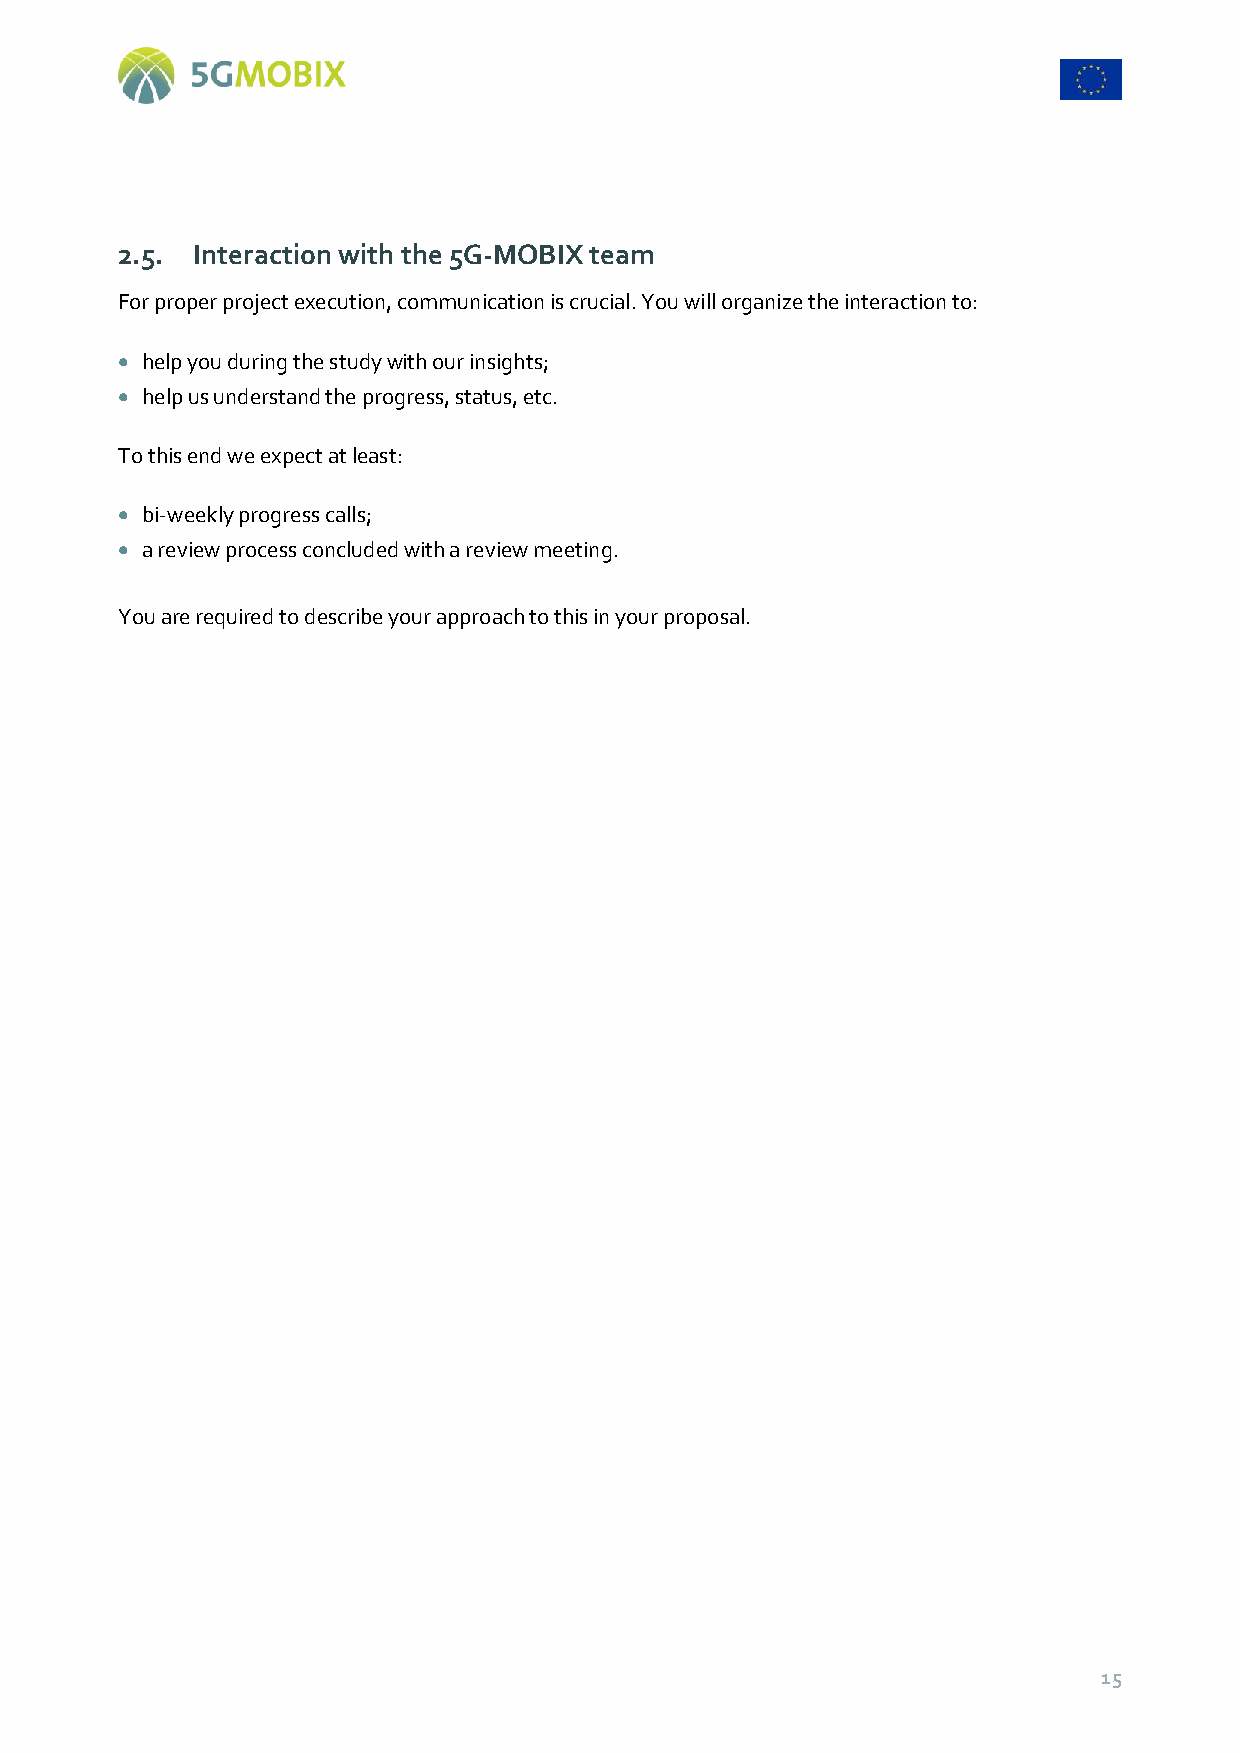
2.5. Interaction with the 5G-MOBIX team
 For proper project execution, communication is crucial. You will organize the interaction to:
  help you during the study with our insights;
  help us understand the progress, status, etc.
 To this end we expect at least:
  bi-weekly progress calls;
  a review process concluded with a review meeting.
 You are required to describe your approach to this in your proposal.
 15